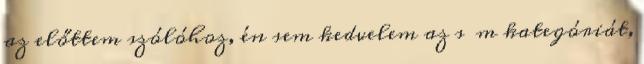
az előttem szólóhoz, én sem kedvelem az s m kategóriát,